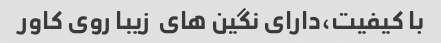
با کیفیت،دارای نگین های  زیبا روی کاور